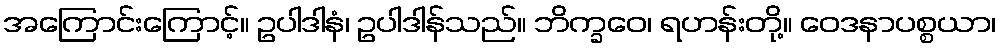
အကြောင်းကြောင့်။ ဥပါဒါနံ၊ ဥပါဒါန်သည်။ ဘိက္ခဝေ၊ ရဟန်းတို့။ ဝေဒနာပစ္စယာ၊